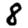
Digit: 8